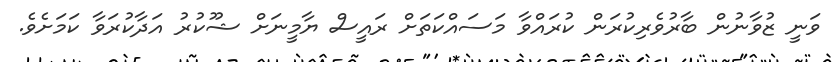
ވަނީ ޒުވާނުން ބާރުވެރިކުރަން ކުރައްވާ މަސައްކަތަށް ރައީސް ޔާމީނަށް ޝުުކުރު އަދާކުރަވާ ކަމަށެވެ.